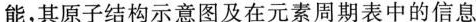
能，其原子结构示意图及在元素周期表中的信息